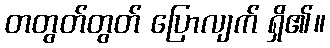
တတွတ်တွတ် ပြောလျက် ရှိ၏။